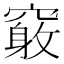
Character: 𥨂